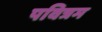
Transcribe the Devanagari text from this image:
पवित्रम